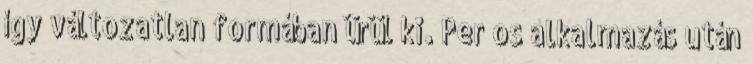
így változatlan formában ürül ki. Per os alkal­mazás után